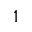
1